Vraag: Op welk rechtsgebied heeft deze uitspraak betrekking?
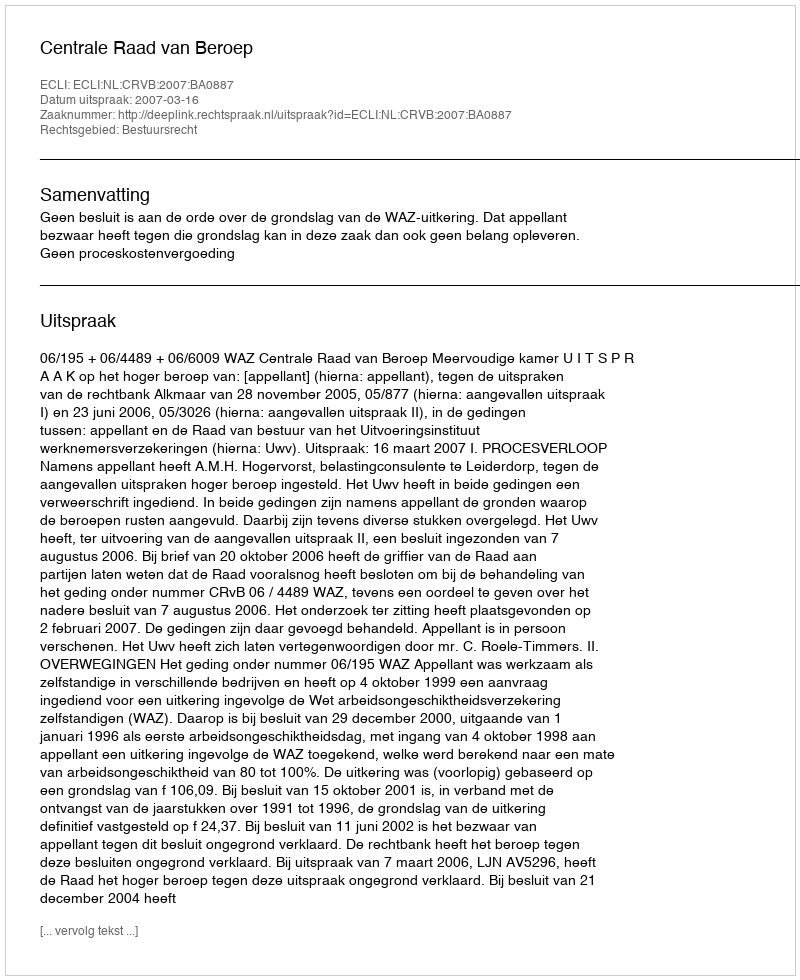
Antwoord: Bestuursrecht